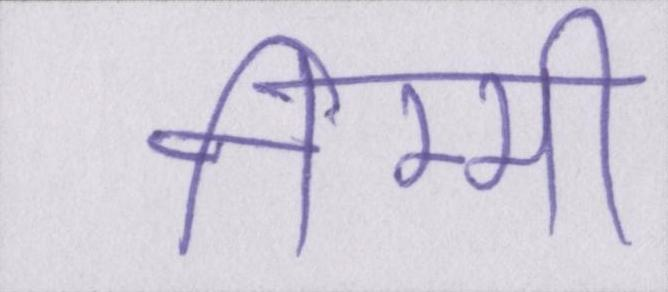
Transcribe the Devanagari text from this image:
निम्मी